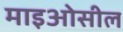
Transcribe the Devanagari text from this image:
माइओसील